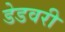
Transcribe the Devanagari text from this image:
डेडवरी